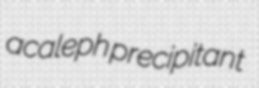
acaleph precipitant